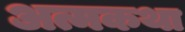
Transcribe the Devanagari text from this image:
अत्मकथा